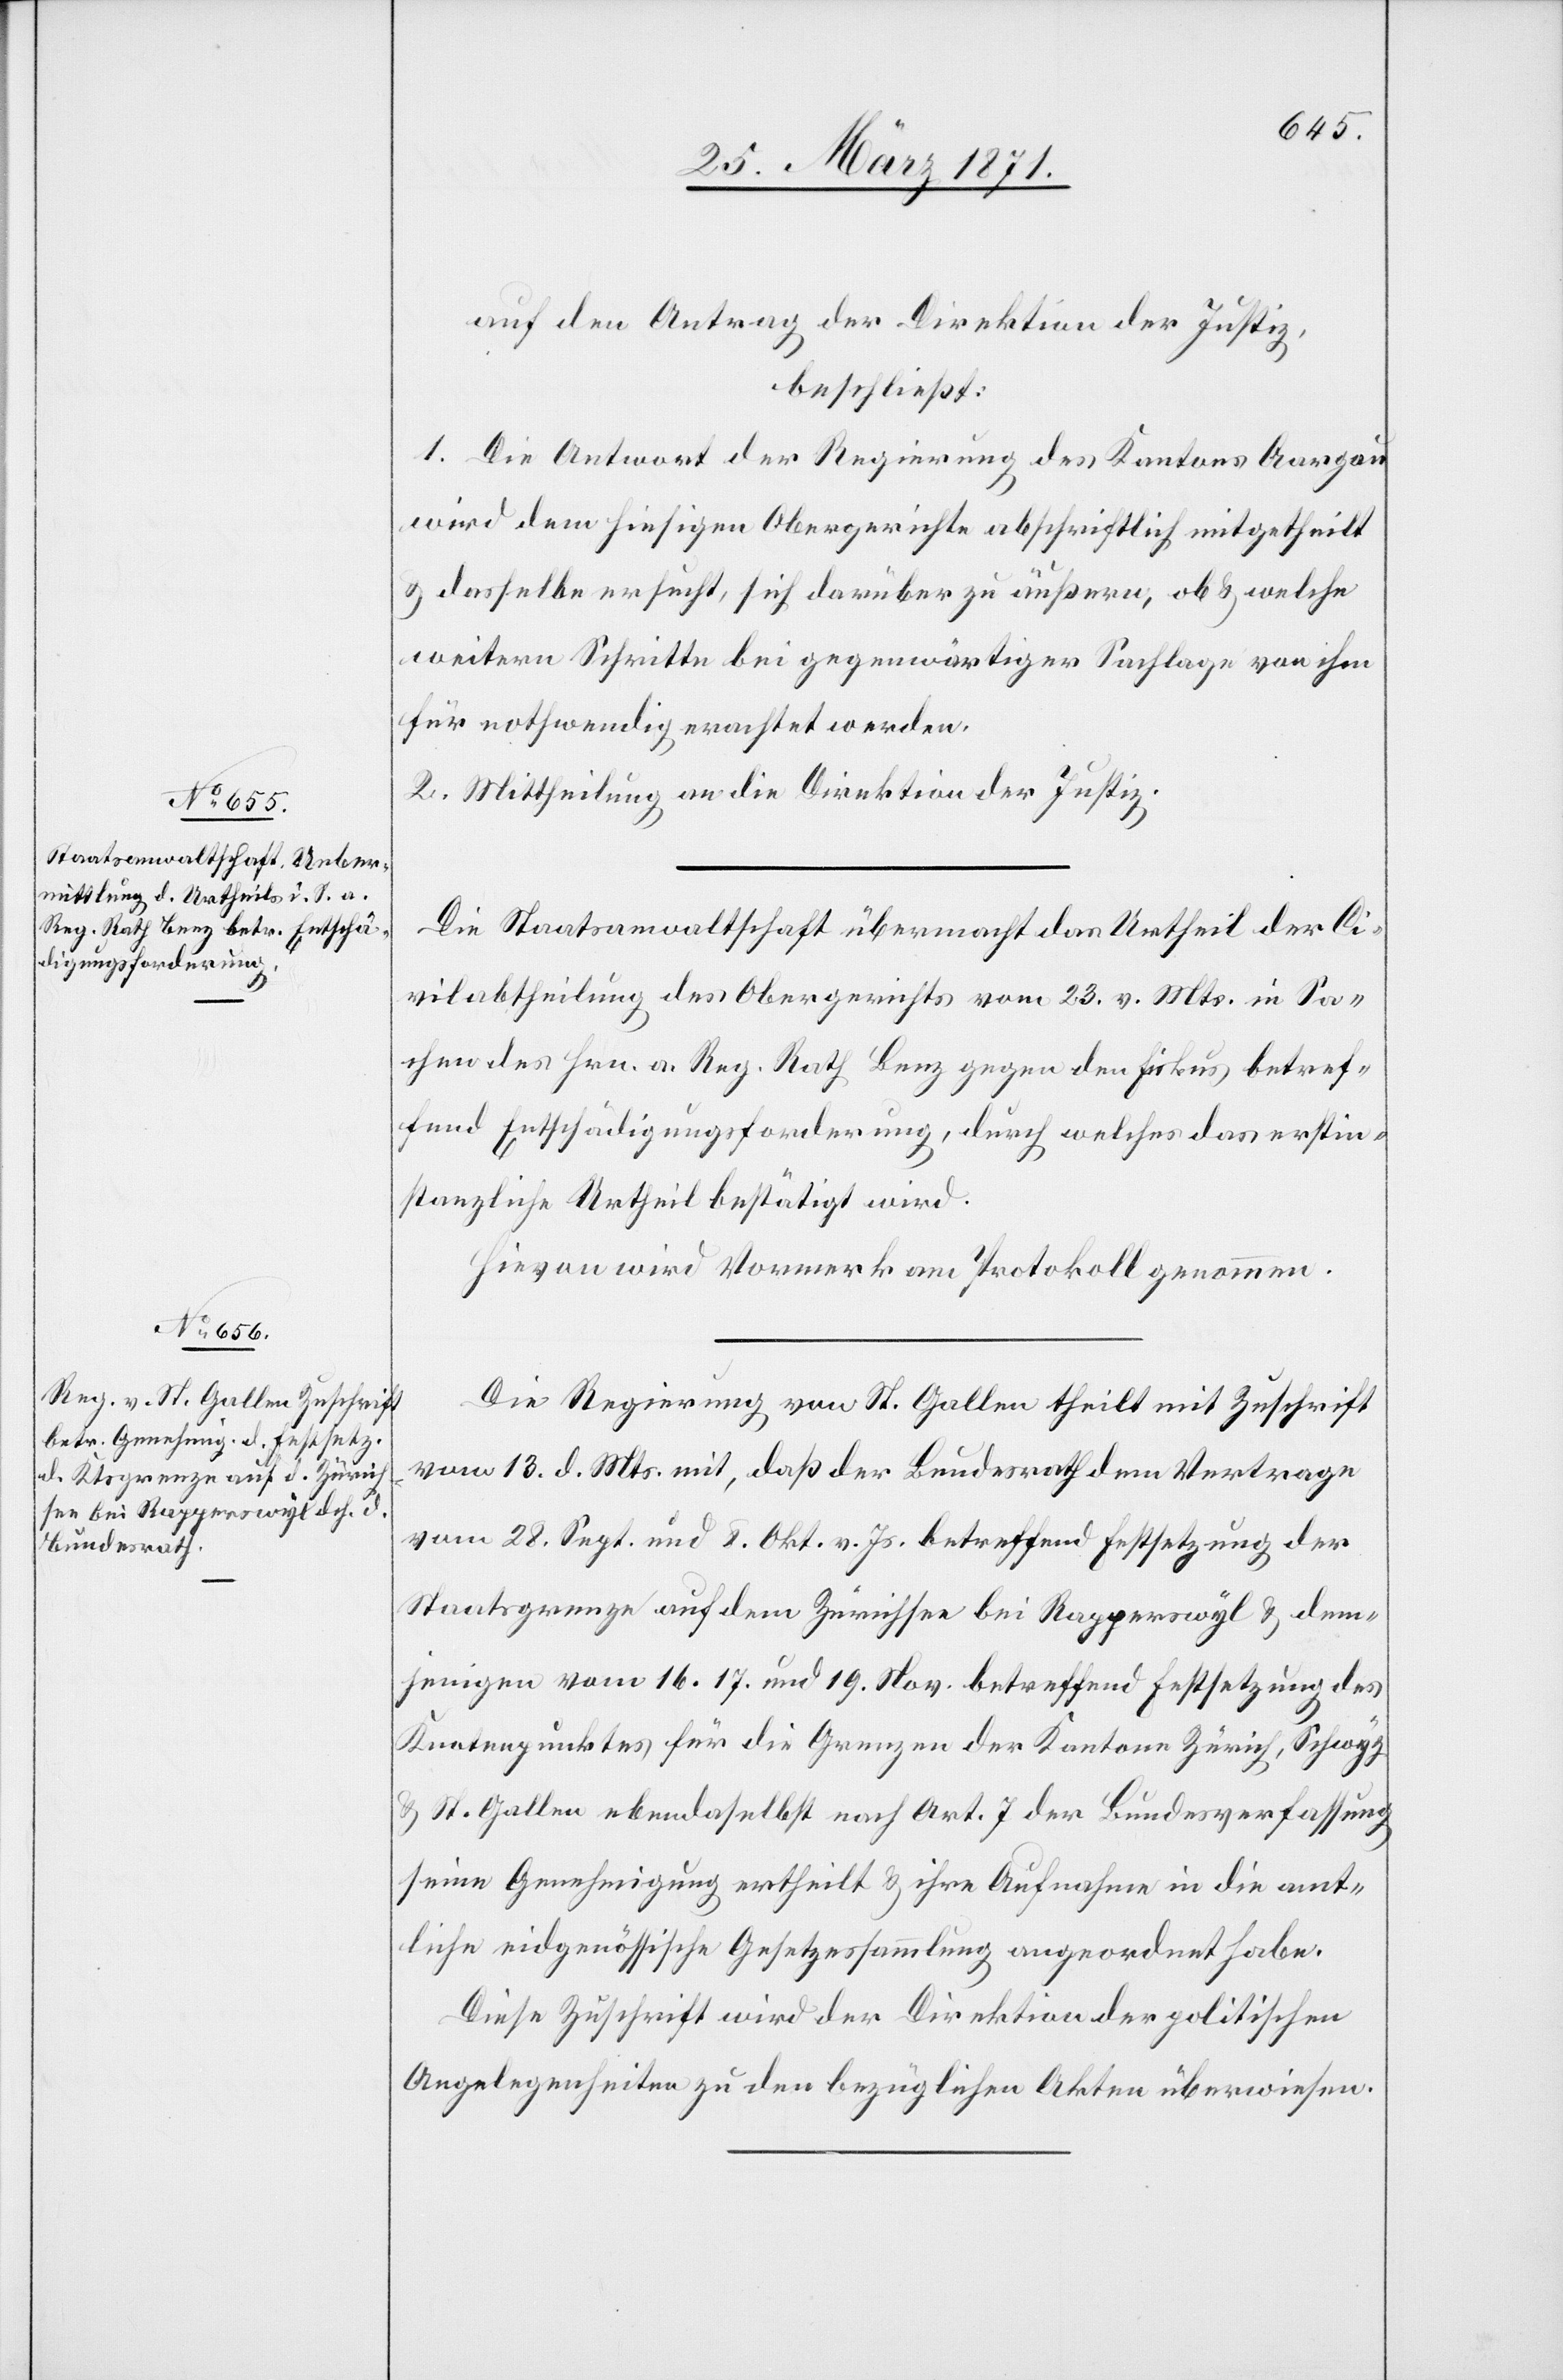
auf den Antrag der Direktion der Justiz,
beschließt:
1. Die Antwort der Regierung des Kanton Aargau
wird dem hiesigen Obergerichte abschriftlich mitgetheilt
u. dasselbe ersucht, sich darüber zu äußern, ob u. welche
weitern Schritte bei gegenwärtiger Sachlage von ihm
für nothwendig erachtet werden.
2. Mittheilung an die Direktion der Justiz.
Die Staatsanwaltschaft übermacht das Urtheil der Ci¬
vilabtheilung des Obergerichts vom 23. v. Mts. in Sa¬
chen des Hrn. a. Reg. Rath Benz gegen den Fiskus betref¬
fend Entschädigungsforderung, durch welches das erstin¬
stanzliche Urtheil bestätigt wird.
Hievon wird Vormerk am Protokoll genommen.
Die Regierung von St. Gallen theilt mit Zuschrift
vom 13. d. Mts. mit, daß der Bundesrath dem Vertrage
vom 28. Sept. und 8. Okt. v. Js. betreffend Festsetzung der
Staatsgrenze auf dem Zürichsee bei Rapperswyl u. dem¬
jenigen vom 16. 17. und 19. Nov. betreffend Festsetzung des
Knotenpunktes für die Grenzen der Kantone Zürich, Schwyz
u. St. Gallen ebendaselbst nach Art. 7 der Bundesverfassung
seine Genehmigung ertheilt u. ihre Aufnahme in die amt¬
liche eidgenössische Gesetzessammlung angeordnet habe.
Diese Zuschrift wird der Direktion der politischen
Angelegenheiten zu den bezüglichen Akten überwiesen.